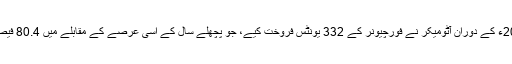
فروری 2019ء کے دوران آٹومیکر نے فورچیونر کے 332 یونٹس فروخت کیے، جو پچھلے سال کے اسی عرصے کے مقابلے میں 80.4 فیصد زیادہ تھے۔